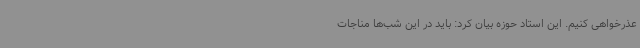
عذرخواهی کنیم. این استاد حوزه بیان کرد: باید در این شب‌ها مناجات